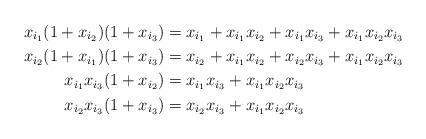
LaTeX: \begin{align*}x_{i_1}(1+x_{i_2})(1+x_{i_3}) &= x_{i_1} + x_{i_1}x_{i_2} + x_{i_1}x_{i_3} + x_{i_1}x_{i_2}x_{i_3} \\x_{i_2}(1+x_{i_1}) (1+x_{i_3}) &= x_{i_2} + x_{i_1}x_{i_2} + x_{i_2}x_{i_3} + x_{i_1}x_{i_2}x_{i_3} \\ x_{i_1}x_{i_3}(1+x_{i_2}) &= x_{i_1}x_{i_3} + x_{i_1}x_{i_2}x_{i_3}\\ x_{i_2}x_{i_3}(1+x_{i_3}) &= x_{i_2}x_{i_3} + x_{i_1}x_{i_2}x_{i_3}\end{align*}